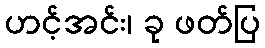
ဟင့်အင်း၊ ခု ဖတ်ပြ